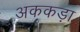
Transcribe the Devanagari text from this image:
अककड़ा